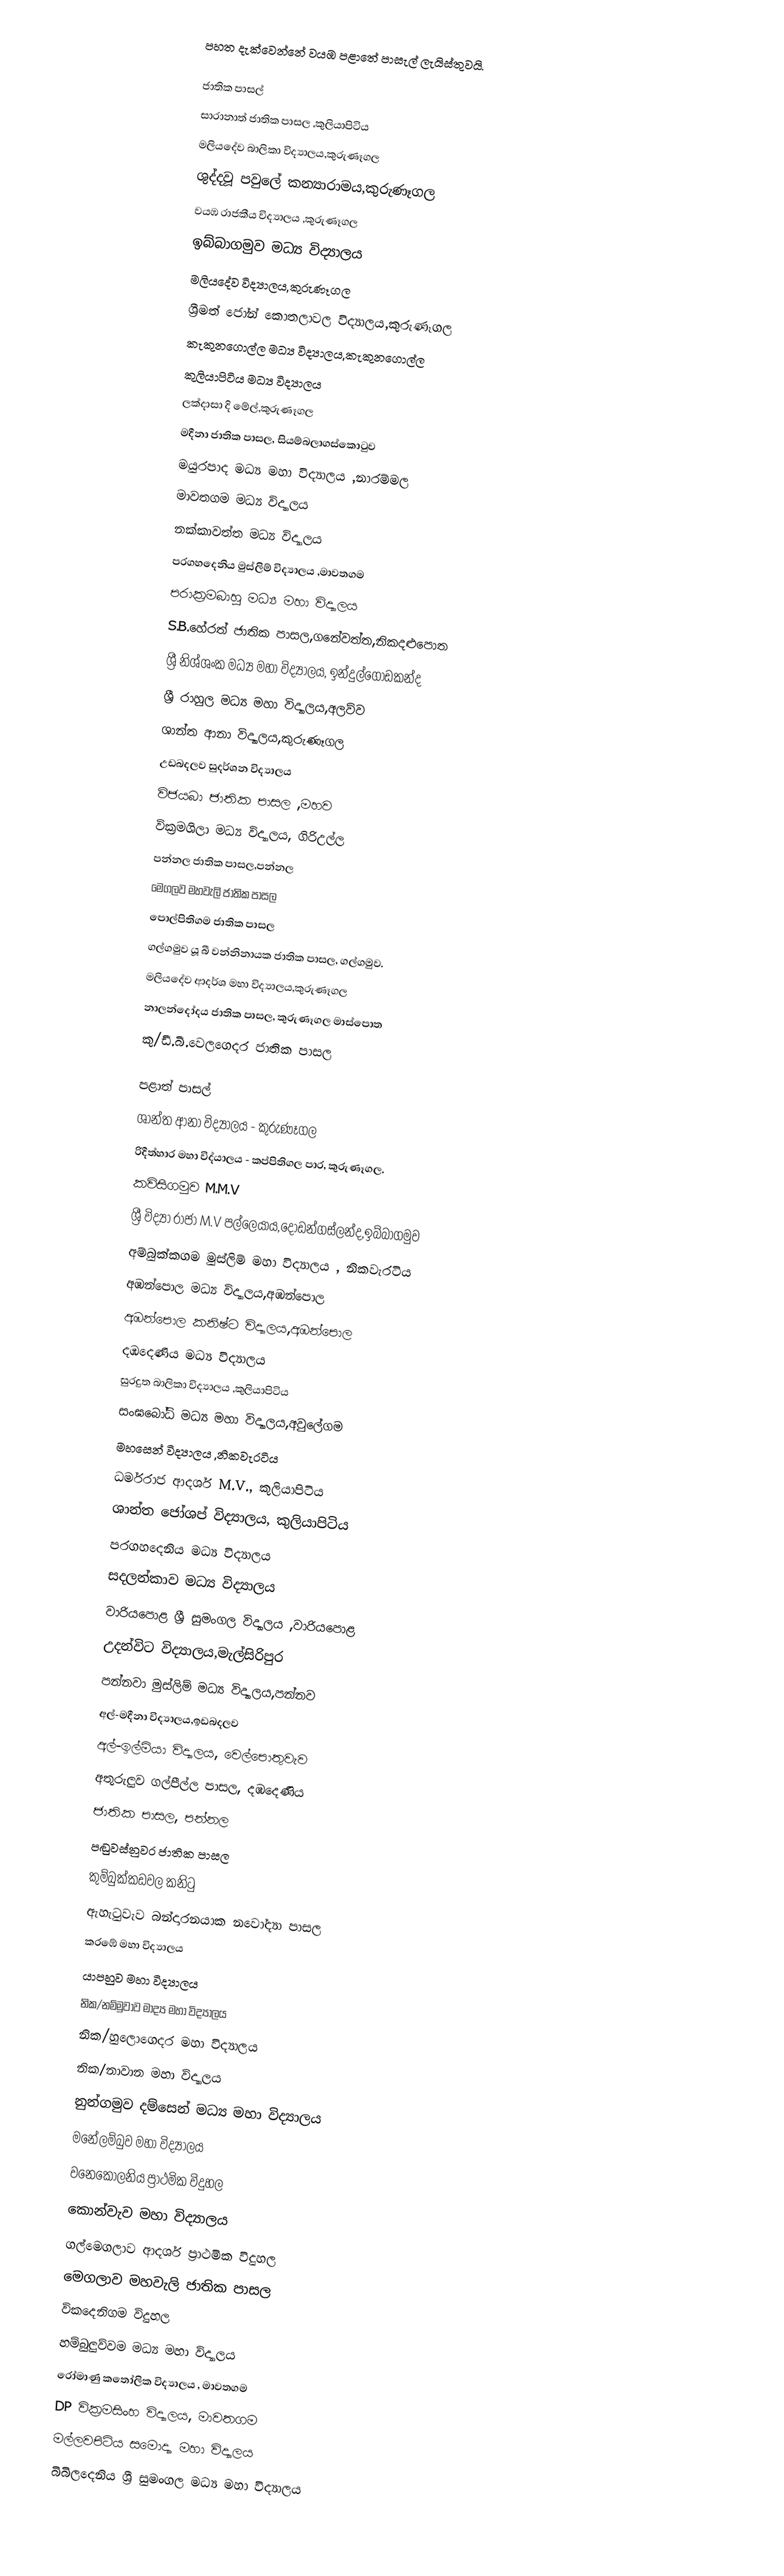
පහත දැක්වෙන්නේ වයඹ පළාතේ පාසැල් ලැයිස්තුවයි.

ජාතික පාසල්
 සාරානාත් ජාතික පාසල ,කුලියාපිටිය
 මලියදේව බාලිකා විද්‍යාලය,කුරුණෑගල
 ශුද්දවූ පවුලේ කන්‍යාරාමය,කුරුණෑගල
 වයඹ රාජකීය විද්‍යාලය ,කුරුණෑගල
 ඉබ්බාගමුව මධ්‍ය විද්‍යාලය
 මලියදේව විද්‍යාලය,කුරුණෑගල
 ශ්‍රීමත් ජෝන් කොතලාවල විද්‍යාලය,කුරුණෑගල
 කැකුනගොල්ල මධ්‍ය විද්‍යාලය,කැකුනගොල්ල
 කුලියාපිටිය මධ්‍ය විද්‍යාලය
 ලක්දාසා දි මේල්,කුරුණෑගල
 මදීනා ජාතික පාසල, සියම්බලාගස්කොටුව
 මයුරපාද මධ්‍ය මහා විද්‍යාලය ,නාරම්මල
 මාවතගම මධ්‍ය විද්‍යාලය
 නක්කාවත්ත මධ්‍ය විද්‍යාලය
 පරගහදෙනිය මුස්ලිම් විද්‍යාලය ,මාවතගම
 පරාක්‍රමබාහු මධ්‍ය මහා විද්‍යාලය
 S.B.හේරත් ජාතික පාසල,ගනේවත්ත,නිකදළුපොත
 ශ්‍රී නිශ්ශංක මධ්‍ය මහා විද්‍යාලය, ඉන්දුල්ගොඩකන්ද
 ශ්‍රී රාහුල මධ්‍ය මහා විද්‍යාලය,අලව්ව
 ශාන්ත ආනා විද්‍යාලය,කුරුණෑගල
 උඩබදලව සුදර්ශන විද්‍යාලය
 විජයබා ජාතික පාසල ,මහව
 වික්‍රමශිලා මධ්‍ය විද්‍යාලය, ගිරිඋල්ල
 පන්නල ජාතික පාසල,පන්නල
 මෙගලව මහවැලි ජාතික පාසල
 පොල්පිතිගම ජාතික පාසල
 ගල්ගමුව යූ බී වන්නිනායක ජාතික පාසල, ගල්ගමුව.
මලියදේව ආදර්ශ මහා විද්‍යාලය,කුරුණෑගල
නාලන්දෝදය ජාතික පාසල, කුරුණෑගල මාස්පොත
කු/ඩී.බී.වෙලගෙදර ජාතික පාසල

පළාත් පාසල්
 ශාන්ත ආනා විද්‍යාලය - කුරුණෑගල
 රිදීත්හාර මහා විද්යාලය - කප්පිතිගල පාර, කුරුණෑගල.
 කවිසිගමුව M.M.V
 ශ්‍රී විද්‍යා රාජා M.V පල්ලෙයාය,දොඩන්ගස්ලන්ද,ඉබ්බාගමුව
 අම්බුක්කගම මුස්ලිම් මහා විද්‍යාලය , නිකවැරටිය
 අඹන්පොල මධ්‍ය විද්‍යාලය,අඹන්පොල
 අඹන්පොල කනිෂ්ට විද්‍යාලය,අඹන්පොල
 දඹදෙණිය මධ්‍ය විද්‍යාලය
 සුරදුත බාලිකා විද්‍යාලය ,කුලියාපිටිය
සංඝබෝධි මධ්‍ය මහා විද්‍යාලය,අවුලේගම
 මහසෙන් විද්‍යාලය ,නිකවැරටිය
 ධර්මරාජ ආදර්ශ M.V., කුලියාපිටිය
 ශාන්ත ජෝශප් විද්‍යාලය, කුලියාපිටිය
 පරගහදෙනිය මධ්‍ය විද්‍යාලය
 සදලන්කාව මධ්‍ය විද්‍යාලය
 වාරියපොළ ශ්‍රී සුමංගල විද්‍යාලය ,වාරියපොළ
 උදන්විට විද්‍යාලය,මැල්සිරිපුර
 පන්නවා මුස්ලිම් මධ්‍ය විද්‍යාලය,පන්නව
 අල්-මදීනා විද්‍යාලය,ඉඩබදලව
 අල්-ඉල්මියා විද්‍යාලය, වෙල්පොතුවැව
 අතුරුලුව ගල්පීල්ල පාසල, දඹදෙණිය
 ජාතික පාසල, පන්නල
 පඬුවස්නුවර ජාතික පාසල
 කුම්බුක්කඩවල කනිටු
 ඇහැටුවැව බන්දාරනයාක නවෝද්‍යා පාසල
 කරඹේ මහා විද්‍යාලය
 යාපහුව මහා විද්‍යාලය
 නික/නම්මුවාව මාද්‍ය මහා විද්‍යාලය
 නික/හුලොගෙදර මහා විද්‍යාලය
නික/නාවාන මහා විද්‍යාලය
 නුන්ගමුව දම්සෙන් මධ්‍ය මහා විද්‍යාලය
 මනේලම්බුව මහා විද්‍යාලය
 වනෙකොලනිය ප්‍රාථමික විදුහල
 කොන්වැව මහා විද්‍යාලය
 ගල්මෙගලාව ආදර්ශ ප්‍රාථමික විදුහල
 මෙගලාව මහවැලි ජාතික පාසල
 විකදෙනිගම විදුහල
 හම්බුලුව්වම මධ්‍ය මහා විද්‍යාලය
 රෝමාණු කතෝලික විද්‍යාලය , මාවතගම
 DP වික්‍රමසිංහ විද්‍යාලය, මාවතගම
 මල්ලවපිටිය සමොද්‍යා මහා විද්‍යාලය
 බිබිලදෙනිය ශ්‍රී සුමංගල මධ්‍ය මහා විද්‍යාලය